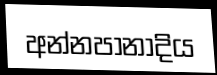
අන්නපානාදිය